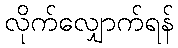
လိုက်လျှောက်ရန်